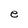
Character: e